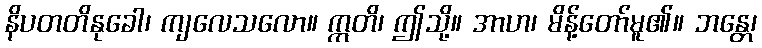
နိပတတိနုခေါ၊ ကျလေသလော။ ဣတိ၊ ဤသို့။ အာဟ၊ မိန့်တော်မူ၏။ ဘန္တေ၊